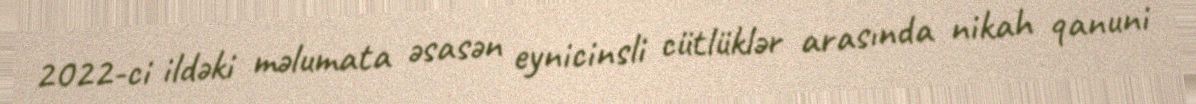
2022-ci ildəki məlumata əsasən eynicinsli cütlüklər arasında nikah qanuni